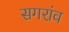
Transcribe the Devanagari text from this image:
सगरांव